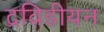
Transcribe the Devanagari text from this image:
द्रविडीयन